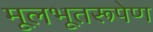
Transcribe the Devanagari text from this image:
मूलभूतरूपेण